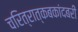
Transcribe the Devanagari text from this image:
चरित्रात्कबकांदबरी